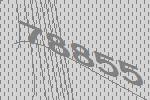
78855